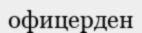
офицерден